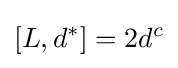
[L,d^{*}]=2d^{c}